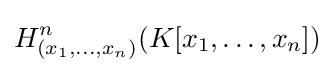
H_{(x_{1},\ldots ,x_{n})}^{n}(K[x_{1},\ldots ,x_{n}])